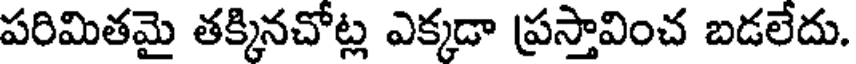
పరిమితమై తక్కినచోట్ల ఎక్కడా ప్రస్తావించ బడలేదు.